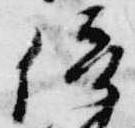
倍